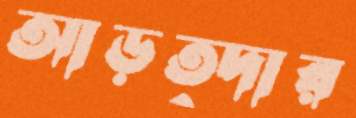
আড়ত্দার